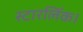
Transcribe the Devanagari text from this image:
स्टारलिंक।